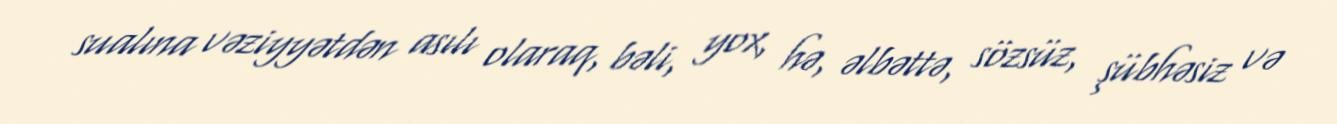
sualına vəziyyətdən asılı olaraq, bəli, yox, hə, əlbəttə, sözsüz, şübhəsiz və